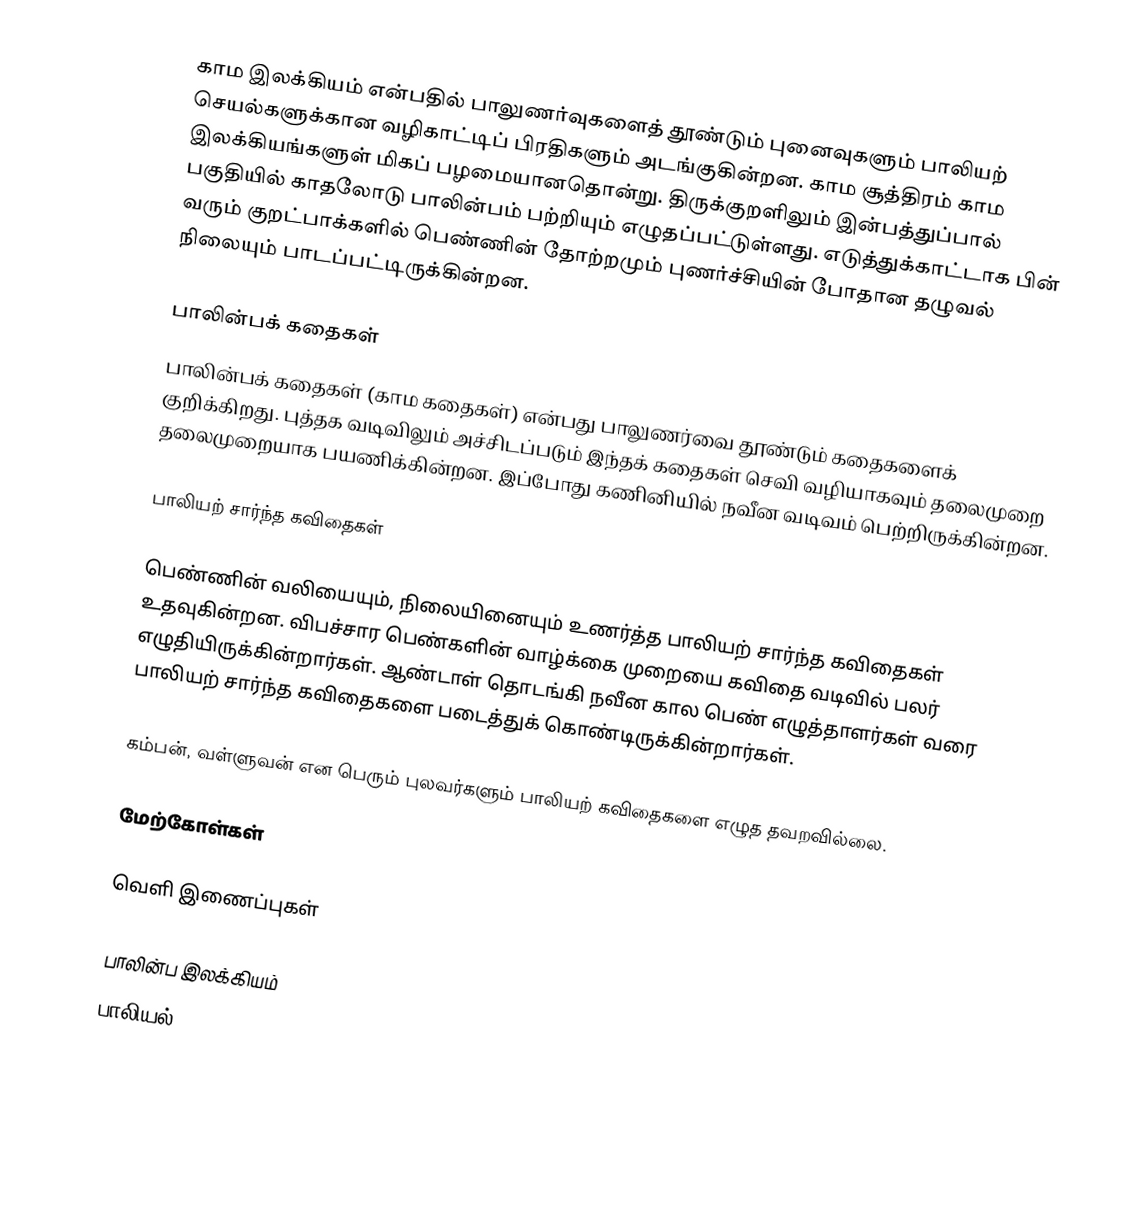
காம இலக்கியம் என்பதில் பாலுணர்வுகளைத் தூண்டும் புனைவுகளும் பாலியற் செயல்களுக்கான வழிகாட்டிப் பிரதிகளும் அடங்குகின்றன. காம சூத்திரம் காம இலக்கியங்களுள் மிகப் பழமையானதொன்று. திருக்குறளிலும் இன்பத்துப்பால் பகுதியில் காதலோடு பாலின்பம் பற்றியும் எழுதப்பட்டுள்ளது. எடுத்துக்காட்டாக பின் வரும் குறட்பாக்களில் பெண்ணின் தோற்றமும் புணர்ச்சியின் போதான தழுவல் நிலையும் பாடப்பட்டிருக்கின்றன.

பாலின்பக் கதைகள்
பாலின்பக் கதைகள் (காம கதைகள்) என்பது பாலுணர்வை தூண்டும் கதைகளைக் குறிக்கிறது. புத்தக வடிவிலும் அச்சிடப்படும் இந்தக் கதைகள் செவி வழியாகவும் தலைமுறை தலைமுறையாக பயணிக்கின்றன. இப்போது கணினியில் நவீன வடிவம் பெற்றிருக்கின்றன.

பாலியற் சார்ந்த கவிதைகள்

பெண்ணின் வலியையும், நிலையினையும் உணர்த்த பாலியற் சார்ந்த கவிதைகள் உதவுகின்றன. விபச்சார பெண்களின் வாழ்க்கை முறையை கவிதை வடிவில் பலர் எழுதியிருக்கின்றார்கள். ஆண்டாள் தொடங்கி நவீன கால பெண் எழுத்தாளர்கள் வரை பாலியற் சார்ந்த கவிதைகளை படைத்துக் கொண்டிருக்கின்றார்கள்.

கம்பன், வள்ளுவன் என பெரும் புலவர்களும் பாலியற் கவிதைகளை எழுத தவறவில்லை.

மேற்கோள்கள்

வெளி இணைப்புகள்

பாலின்ப இலக்கியம்
பாலியல்